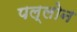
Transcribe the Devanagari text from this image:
पल्लोन